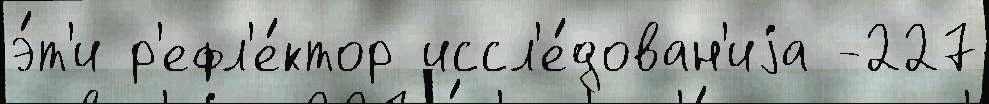
э́т'и р'ефл'е́ктор иссл'е́дован'иjа -227